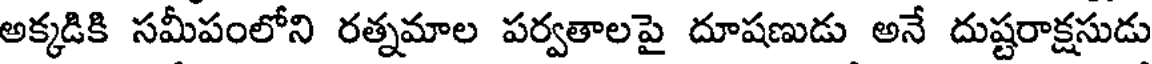
అక్కడికి సమీపంలోని రత్నమాల పర్వతాలపై దూషణుడు అనే దుష్టరాక్షసుడు